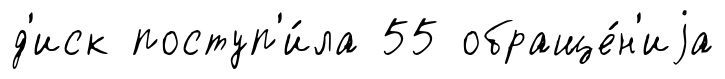
д'иск поступ'и́ла 55 обраще́н'иjа